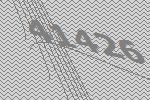
41426